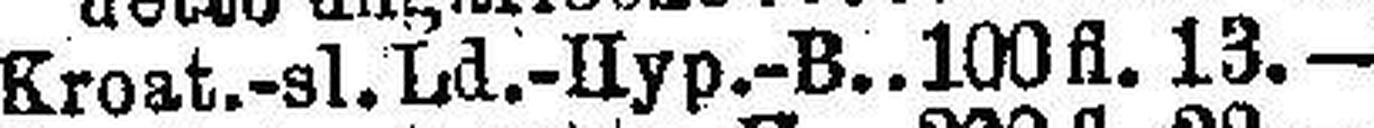
Kroat.-sl. Ld.-Hyp.-B. 100 fl. 13.—